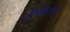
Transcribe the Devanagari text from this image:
टेलींफोन